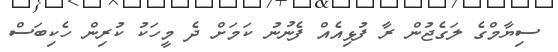
ސިޔާމްގެ ލަގެޖުން ރާ ފުޅިއެއް ފެނުނު ކަމަށް ދެ މީހަކު ކުރިން ހެކިބަސް